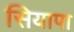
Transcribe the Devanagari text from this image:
सियापा